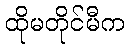
ထိုမတိုင်မီက